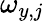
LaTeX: \omega_{y,j}